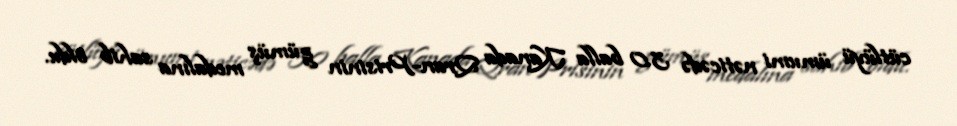
cütlüyü ümumi nəticədə 3.0 balla Kanada Qran-Prisinin gümüş medalına sahib oldu.